Vaccine operations Central Provinces & Berar 1912-1920 - 1912-1920
Year: 1912
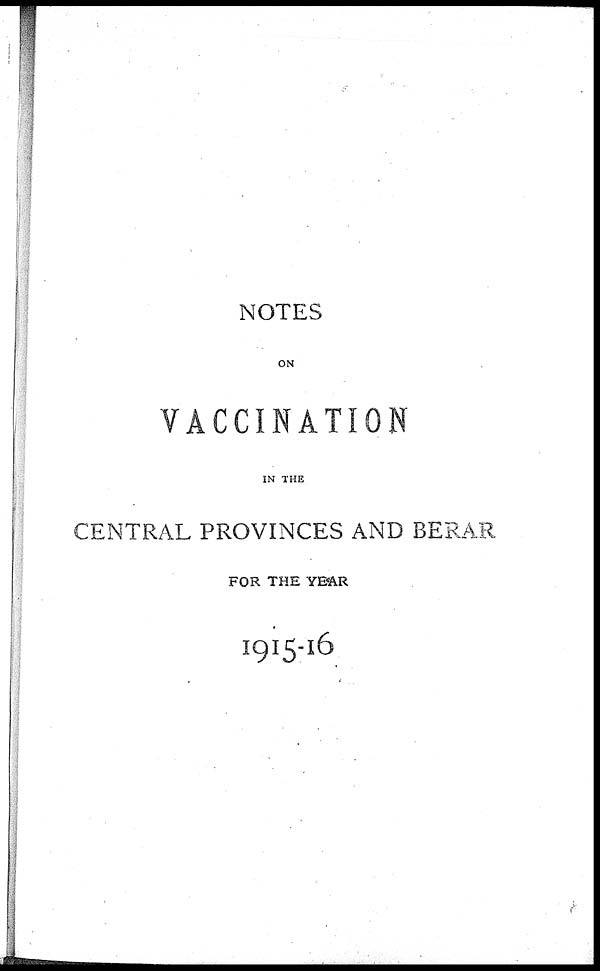
NOTES
ON
VACCINATION
IN THE
CENTRAL PROVINCES AND BERAR
FOR THE YEAR
1915-16